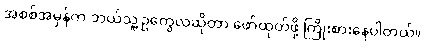
အစစ်အမှန်က ဘယ်သူ့ဥတွေလဲဆိုတာ ဖော်ထုတ်ဖို့ ကြိုးစားနေပါတယ်။